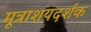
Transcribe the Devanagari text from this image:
मूत्राशयदर्शक